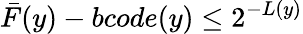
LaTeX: {\bar{F}}(y)-bcode(y)\leq 2^{-L(y)}